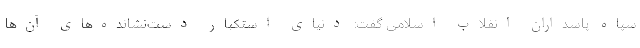
سپاه پاسداران انقلاب اسلامی گفت: دنیای استکبار دست‌نشانده‌های آن‌ها